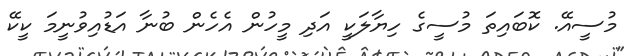
މުސީއޭ. ކޮބައިތަ މުސީގެ ހިޔާލަކީ އަދި މީހުން އެހެން ބުނާ އަޑުއިވުނީމަ ކީކޭ